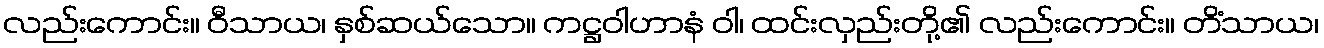
လည်းကောင်း။ ဝီသာယ၊ နှစ်ဆယ်သော။ ကဋ္ဌဝါဟာနံ ဝါ၊ ထင်းလှည်းတို့၏ လည်းကောင်း။ တိံသာယ၊